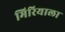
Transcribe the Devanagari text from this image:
मिरियाला